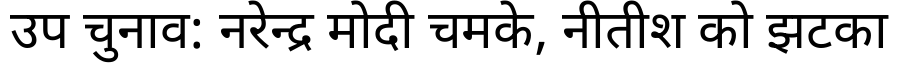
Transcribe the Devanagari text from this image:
उप चुनाव: नरेन्द्र मोदी चमके, नीतीश को झटका